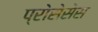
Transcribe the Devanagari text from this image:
प्रोसेसेस